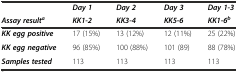
<table><thead><tr><td></td><td><b><i>Day 1</i></b></td><td><b><i>Day 2</i></b></td><td><b><i>Day 3</i></b></td><td><b><i>Day 1-3</i></b></td></tr><tr><td><b><i>Assay result</i><sup><i>a</i></sup></b></td><td><b><i>KK1-2</i></b></td><td><b><i>KK3-4</i></b></td><td><b><i>KK5-6</i></b></td><td><b><i>KK1-6</i><sup><i>b</i></sup></b></td></tr></thead><tbody><tr><td><b><i>KK egg positive</i></b></td><td>17 (15%)</td><td>13 (12%)</td><td>12 (11%)</td><td>25 (22%)</td></tr><tr><td><b><i>KK egg negative</i></b></td><td>96 (85%)</td><td>100 (88%)</td><td>101 (89)</td><td>88 (78%)</td></tr><tr><td><b><i>Samples tested</i></b></td><td>113</td><td>113</td><td>113</td><td>113</td></tr></tbody></table>